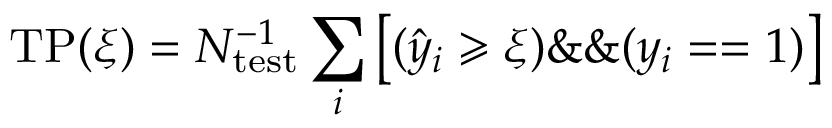
\mathrm { T P } ( \xi ) = N _ { \mathrm { t e s t } } ^ { - 1 } \sum _ { i } \left[ ( \hat { y } _ { i } \geqslant \xi ) \& \& ( y _ { i } = = 1 ) \right]